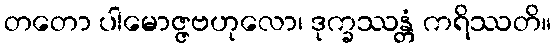
တတော ပါမောဇ္ဇဗဟုလော၊ ဒုက္ခဿန္တံ ကရိဿတိ။